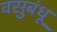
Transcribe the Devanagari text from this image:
वसुबंधू